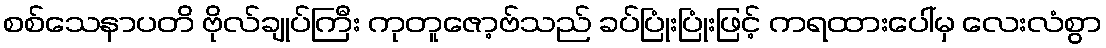
စစ်သေနာပတိ ဗိုလ်ချုပ်ကြီး ကုတူဇော့ဗ်သည် ခပ်ပြုံးပြုံးဖြင့် ကရထားပေါ်မှ လေးလံစွာ